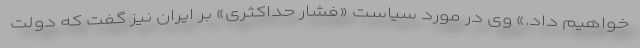
خواهیم داد.» وی در مورد سیاست «فشار حداکثری» بر ایران نیز گفت که دولت